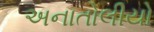
અનાતોલીયો